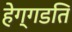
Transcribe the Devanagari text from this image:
हेग्गडति